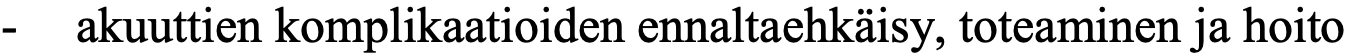
-  akuuttien komplikaatioiden ennaltaehkäisy, toteaminen ja hoito